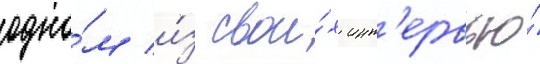
одно́м и́з свои́х инт'ервью́